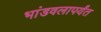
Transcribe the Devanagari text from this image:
भांडवलापर्यंत